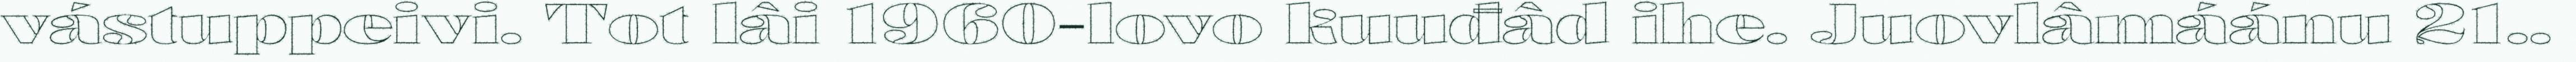
vástuppeivi. Tot lâi 1960-lovo kuuđâd ihe. Juovlâmáánu 21..